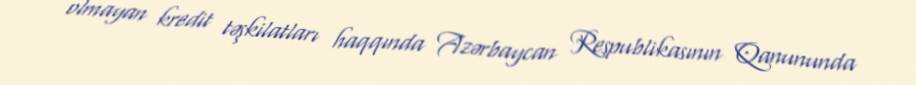
olmayan kredit təşkilatları haqqında Azərbaycan Respublikasının Qanununda